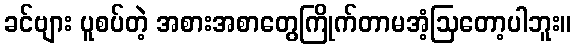
ခင်ဗျား ပူစပ်တဲ့ အစားအစာတွေကြိုက်တာမအံ့ဩတော့ပါဘူး။